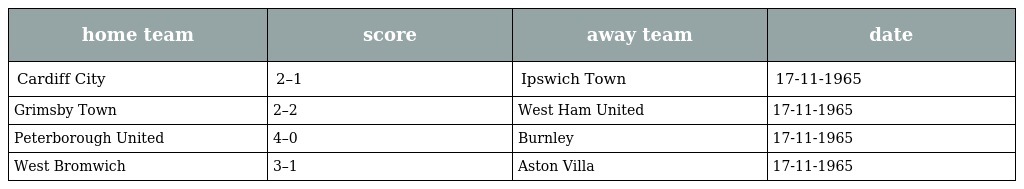
| home team | score | away team | date |
 | --- | --- | --- | --- |
 | Cardiff City | 2–1 | Ipswich Town | 17-11-1965 |
 | Grimsby Town | 2–2 | West Ham United | 17-11-1965 |
 | Peterborough United | 4–0 | Burnley | 17-11-1965 |
 | West Bromwich | 3–1 | Aston Villa | 17-11-1965 |